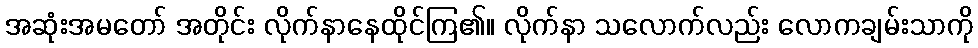
အဆုံးအမတော် အတိုင်း လိုက်နာနေထိုင်ကြ၏။ လိုက်နာ သလောက်လည်း လောကချမ်းသာကို